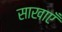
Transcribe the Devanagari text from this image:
साखाएँ